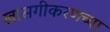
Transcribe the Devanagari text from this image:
खासगीकरणच्या